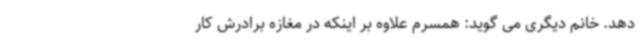
دهد. خانم دیگری می گوید: همسرم علاوه بر اینکه در مغازه برادرش کار